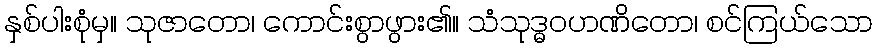
နှစ်ပါးစုံမှ။ သုဇာတော၊ ကောင်းစွာဖွား၏။ သံသုဒ္ဓဝဟဏိတော၊ စင်ကြယ်သော